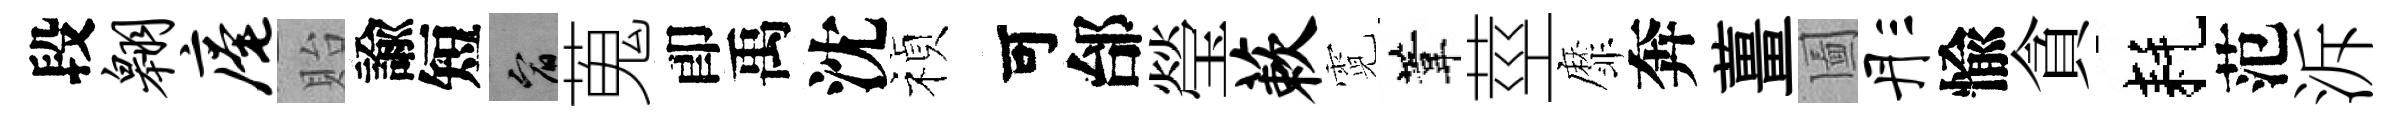
段翱庵貽諭短宥蒐卽禹沈禎可邰瑩蔌霓葦莖靡奔薑圗彤愉貪耗范泝